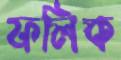
ফলিক